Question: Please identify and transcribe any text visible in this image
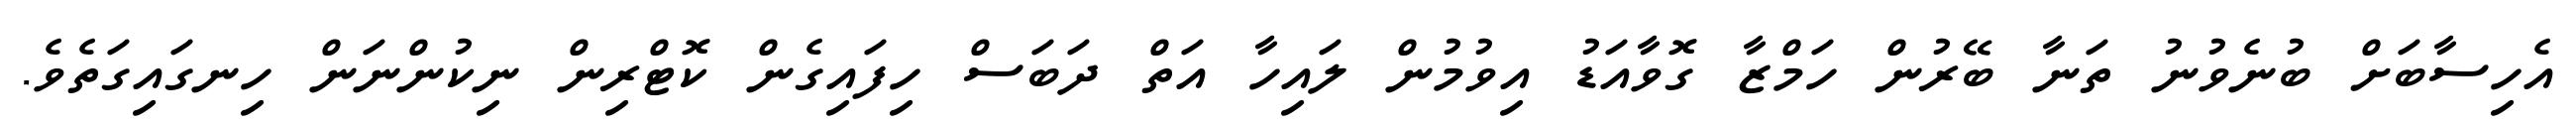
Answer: އެހިސާބަށް ބުނެވުނު ތަނާ ބޭރުން ހަމްޒާ ގޮވާއަޑު އިވުމުން ލައިހާ އަތް ދަބަސް ހިފައިގެން ކޮޓްރިން ނިކުންނަން ހިނގައިގަތެވެ.